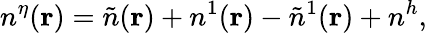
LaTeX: n^{\eta}({\mathbf r})=\tilde{n}({\mathbf r})+n^{1}({\mathbf r})-\tilde{n}^{1}({\mathbf r})+n^{h},